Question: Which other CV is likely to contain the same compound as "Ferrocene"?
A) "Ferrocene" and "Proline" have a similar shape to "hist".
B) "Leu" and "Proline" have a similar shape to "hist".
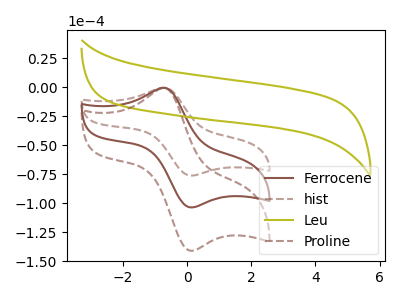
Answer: <think>The brown curve "Ferrocene" has an anodic peak at (-0.70V, -0.35uA) and a cathodic peak at (0.10V, -103.55uA). The brown dashed curve "hist" has an anodic peak at (-0.70V, -0.25uA) and a cathodic peak at (0.10V, -76.05uA). The olive curve "Leu" has no peaks. The brown dashed curve "Proline" has an anodic peak at (-0.70V, -0.70uA) and a cathodic peak at (0.10V, -207.10uA).
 All the peaks in "Ferrocene" have a peak in "hist" at the same potential. "Ferrocene" and "Leu" have a different number of peaks. All the peaks in "Ferrocene" have a peak in "Proline" at the same potential. "hist" and "Leu" have a different number of peaks. All the peaks in "hist" have a peak in "Proline" at the same potential. "Leu" and "Proline" have a different number of peaks.</think>
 <answer>A) "Ferrocene" and "Proline" have a similar shape to "hist".</answer>
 <eval>A</eval>